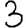
Digit: 3